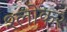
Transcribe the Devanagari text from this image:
श्लोक२